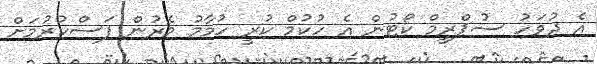
އެ ދުވަހު ސުޕްރީމް ކޯޓުން އެ ހުކުމް ކުރީ ހުމާމު މެރުން ފަސްކުރުމަށް